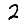
Digit: 2